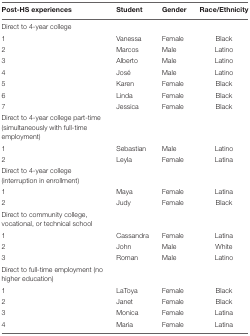
<table><thead><tr><td><b>Post-HS experiences</b></td><td><b>Student</b></td><td><b>Gender</b></td><td><b>Race/Ethnicity</b></td></tr></thead><tbody><tr><td>Direct to 4-year college</td><td></td><td></td><td></td></tr><tr><td>1</td><td>Vanessa</td><td>Female</td><td>Black</td></tr><tr><td>2</td><td>Marcos</td><td>Male</td><td>Latino</td></tr><tr><td>3</td><td>Alberto</td><td>Male</td><td>Latino</td></tr><tr><td>4</td><td>José</td><td>Male</td><td>Latino</td></tr><tr><td>5</td><td>Karen</td><td>Female</td><td>Black</td></tr><tr><td>6</td><td>Linda</td><td>Female</td><td>Black</td></tr><tr><td>7</td><td>Jessica</td><td>Female</td><td>Black</td></tr><tr><td>Direct to 4-year college part-time (simultaneously with full-time employment)</td><td></td><td></td><td></td></tr><tr><td>1</td><td>Sebastian</td><td>Male</td><td>Latino</td></tr><tr><td>2</td><td>Leyla</td><td>Female</td><td>Latina</td></tr><tr><td>Direct to 4-year college (interruption in enrollment)</td><td></td><td></td><td></td></tr><tr><td>1</td><td>Maya</td><td>Female</td><td>Latina</td></tr><tr><td>2</td><td>Judy</td><td>Female</td><td>Black</td></tr><tr><td>Direct to community college, vocational, or technical school</td><td></td><td></td><td></td></tr><tr><td>1</td><td>Cassandra</td><td>Female</td><td>Latina</td></tr><tr><td>2</td><td>John</td><td>Male</td><td>White</td></tr><tr><td>3</td><td>Roman</td><td>Male</td><td>Latino</td></tr><tr><td>Direct to full-time employment (no higher education)</td><td></td><td></td><td></td></tr><tr><td>1</td><td>LaToya</td><td>Female</td><td>Black</td></tr><tr><td>2</td><td>Janet</td><td>Female</td><td>Black</td></tr><tr><td>3</td><td>Monica</td><td>Female</td><td>Latina</td></tr><tr><td>4</td><td>Maria</td><td>Female</td><td>Latina</td></tr></tbody></table>